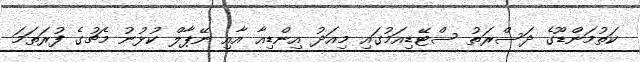
ކަތުމަންޑޫގެ ދަސްރަތު ސްޓޭޑިއަމުގައި މިއަދު އިންޑިއާ އާއި ނޭޕާލް ކުޅުނު މެޗުގެ ފުރަތަމަ